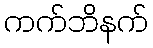
ကက်ဘိနက်